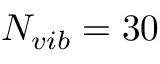
N _ { v i b } = 3 0